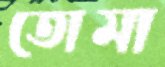
তোমা